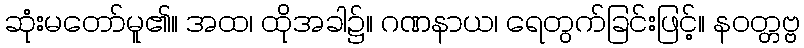
ဆုံးမတော်မူ၏။ အထ၊ ထိုအခါ၌။ ဂဏနာယ၊ ရေတွက်ခြင်းဖြင့်။ နဝတ္တဗ္ဗ